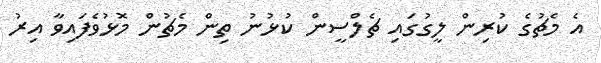
އެ މެޗުގެ ކުރިން ލީގުގައި ޗެލްސީން ކުޅުނު ތިން މެޗުން މޮޅުވެފައިވާ އިރު